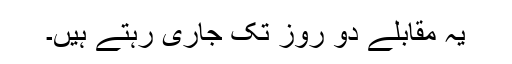
یہ مقابلے دو روز تک جاری رہتے ہیں۔